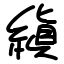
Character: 縝